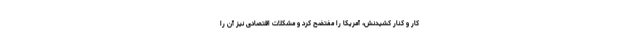
کار و کنار کشیدنش، آمریکا را مفتضح کرد و مشکلات اقتصادی نیز آن را